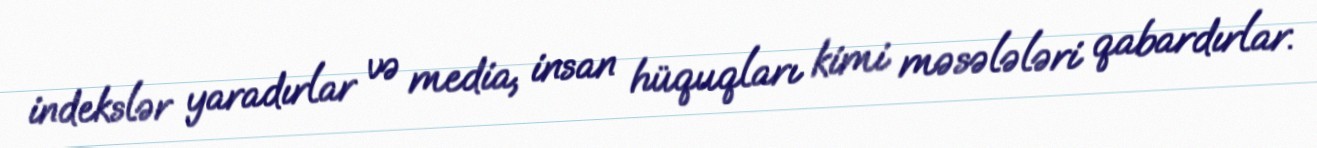
indekslər yaradırlar və media, insan hüquqları kimi məsələləri qabardırlar.